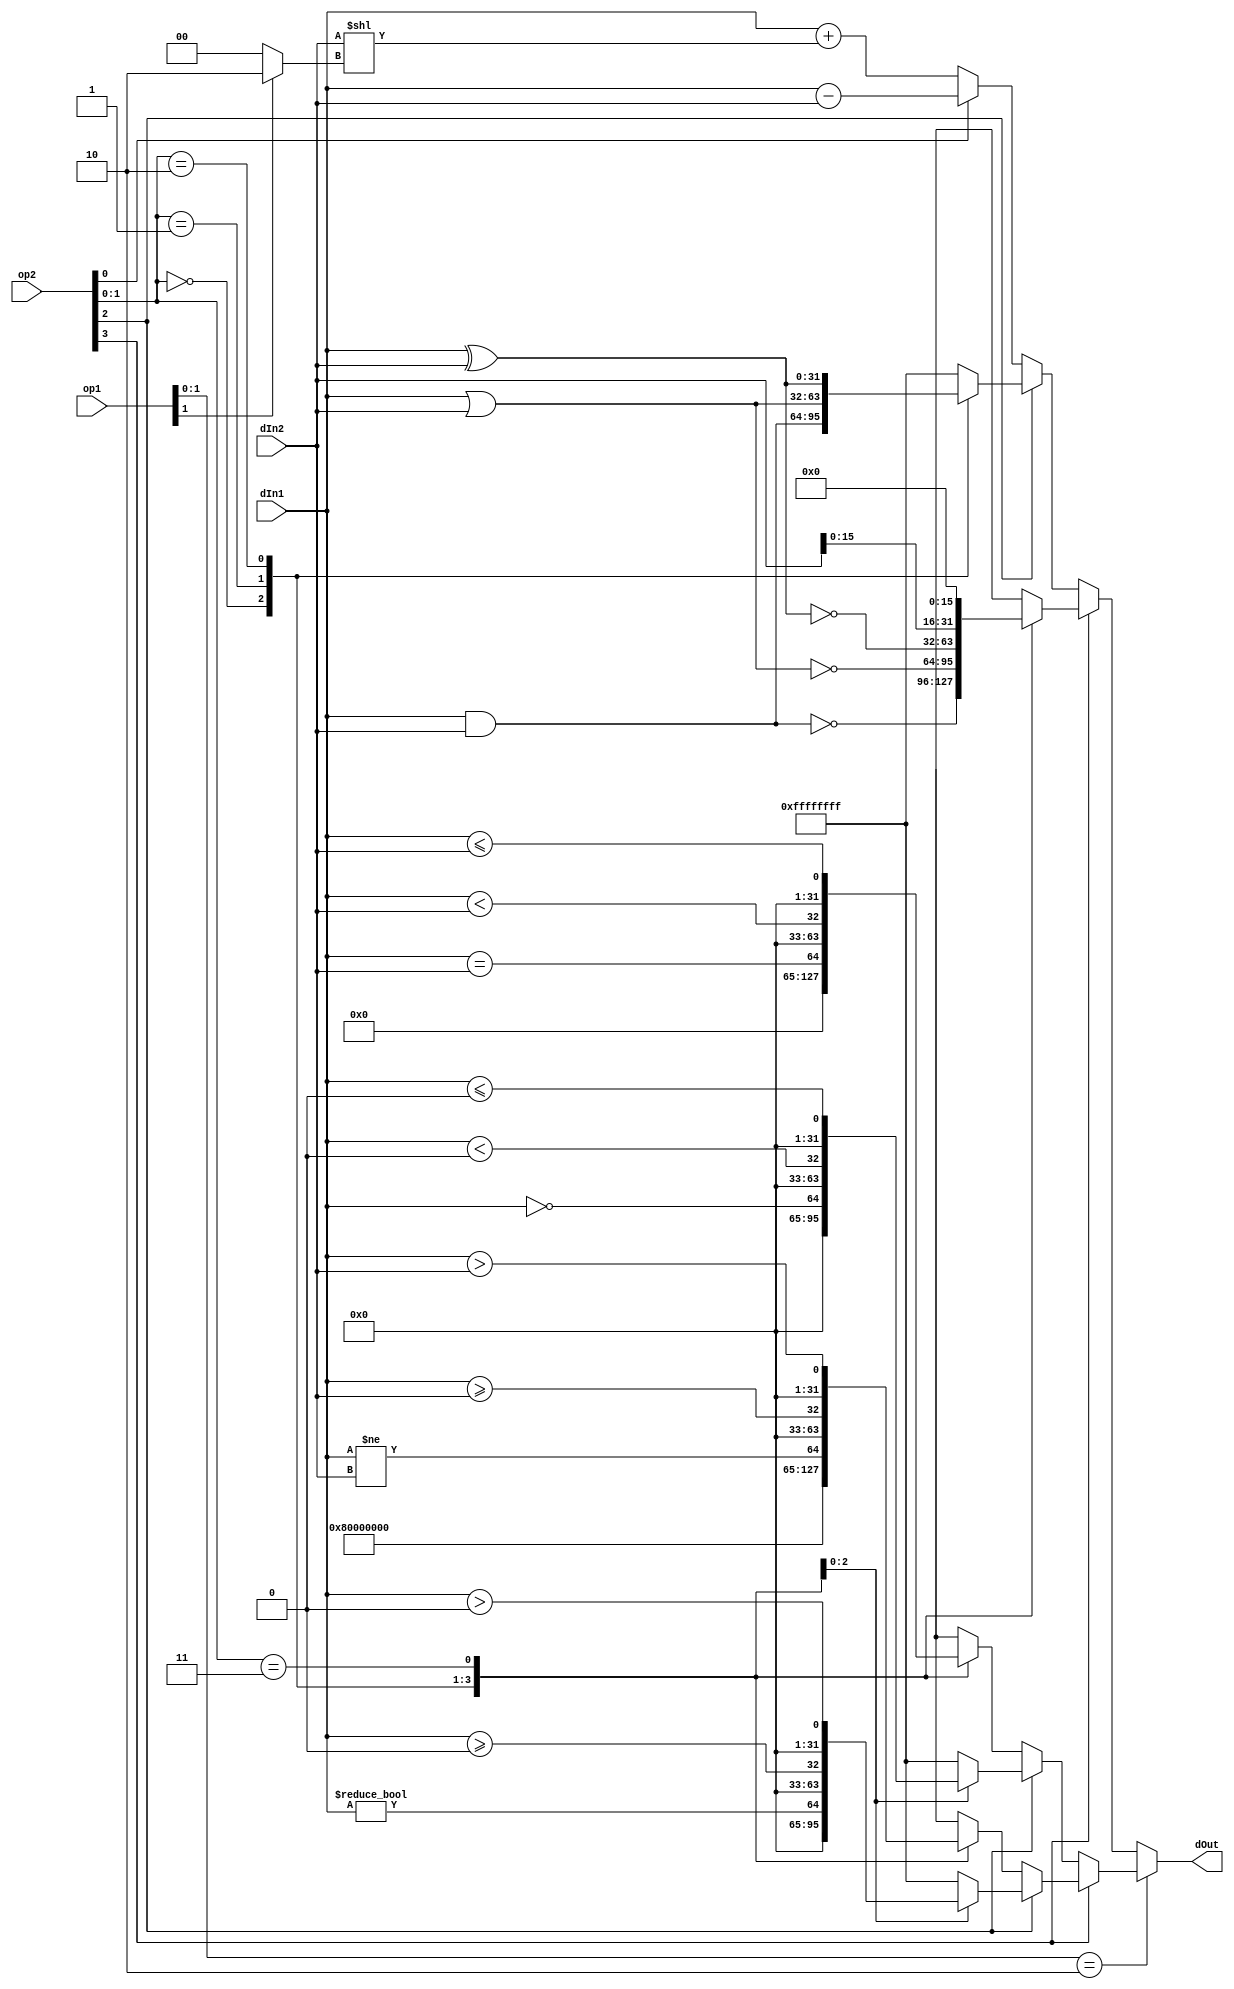
module ALU(dIn1, dIn2, op1, op2, dOut);
	parameter BIT_WIDTH = 32;
  	
	input [3:0] op1, op2;
	input signed [(BIT_WIDTH - 1) : 0] dIn1, dIn2;
	output reg [(BIT_WIDTH - 1) : 0] dOut;
	
	always @(*) begin
		if (op1[1:0] == 2'b10) begin
			if (op2[3]) begin
				if (op2[2]) begin
					case (op2[1:0])
						2'b01: dOut <= dIn1 != 0;	    			//BNEZ
						2'b10: dOut <= dIn1 >= 0;					//BGTEZ
						2'b11: dOut <= dIn1 > 0;  					//BGTZ
						default: dOut <= 32'hffffffff;
					endcase
				end else begin
					case (op2[1:0])
						2'b00: dOut <= 32'd1;		        	//T & TI & BT
						2'b01: dOut <= dIn1 != dIn2;			//NE & NEI & BNE
						2'b10: dOut <= dIn1 >= dIn2;   			//GTE & GTEI & BGTE
						2'b11: dOut <= dIn1 > dIn2;    			//GT & GTI & BGT
					endcase
				end
			end else begin
				if (op2[2]) begin
					case (op2[1:0])
						4'b01: dOut <= dIn1 == 0;				//BEQZ
						4'b10: dOut <= dIn1 < 0;    			//BLTZ
						4'b11: dOut <= dIn1 <= 0;      			//BLTEZ
						default: dOut <= 32'hffffffff;
					endcase
				end else begin
					case (op2[1:0])
						2'b00: dOut <= 32'd0;					//F & FI & BF
						2'b01: dOut <= dIn1 == dIn2;			//EQ & EQI & BEQ
						2'b10: dOut <= dIn1 < dIn2;    			//LT & LTI & BLT
						2'b11: dOut <= dIn1 <= dIn2;   			//LTE & LTEI & BLTE
					endcase
				end
			end
		end else begin
			if (op2[3]) begin
				case (op2[1:0])
					2'b00: dOut <= ~(dIn1 & dIn2);				//NAND & NANDI
					2'b01: dOut <= ~(dIn1 | dIn2);				//NOR & NORI
					2'b10: dOut <= ~(dIn1 ^ dIn2);				//XNOR & XNORI
					2'b11: dOut <= dIn2 << 16;
				endcase
			end else begin
				if (op2[2]) begin
					case (op2[1:0])
						2'b00: dOut <= dIn1 & dIn2;				//AND & ANDI
						2'b01: dOut <= dIn1 | dIn2;				//OR & ORI
						2'b10: dOut <= dIn1 ^ dIn2;				//XOR & XORI
						default: dOut <= 32'hffffffff;
					endcase
				end else begin
					if (op2[0]) dOut <= dIn1 - dIn2;	    			//SUB & SUBI
					else dOut <= dIn1 + (dIn2 << (op1[1] ? 2 : 0));		//ADD & ADDI & LW & SW & JAL
				end
		    end
		end
	end
endmodule